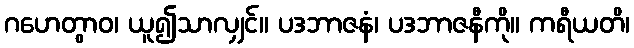
ဂဟေတွာဝ၊ ယူ၍သာလျှင်။ ပဒဘာဇနံ၊ ပဒဘာဇနီကို။ ကရီယတိ၊